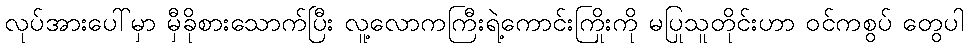
လုပ်အားပေါ်မှာ မှီခိုစားသောက်ပြီး လူ့လောကကြီးရဲ့ကောင်းကြိုးကို မပြုသူတိုင်းဟာ ဝင်ကစွပ် တွေပါ